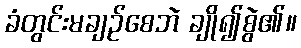
ခံတွင်းမချဉ်စေဘဲ ချို၍စွဲ၏။